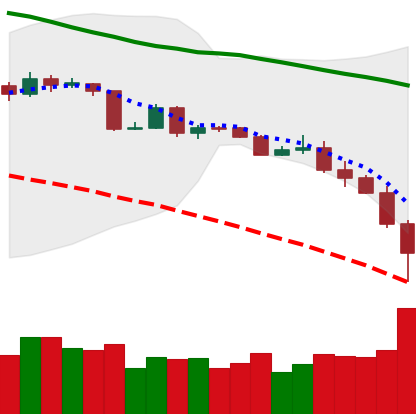
Ticker: BTC-USD
Chart end date: 2019-11-22
Forward return: 3.222%
Label: up_3_5